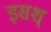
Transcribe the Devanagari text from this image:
इसश्